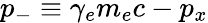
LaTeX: p_{-}\equiv\gamma_{e}m_{e}c-p_{x}